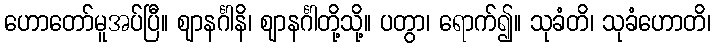
ဟောတော်မူအပ်ပြီ။ ဈာနင်္ဂါနိ၊ ဈာနင်္ဂါတို့သို့။ ပတွာ၊ ရောက်၍။ သုခံတိ၊ သုခံဟောတိ၊